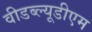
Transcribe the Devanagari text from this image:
वीडब्ल्यूडीएम